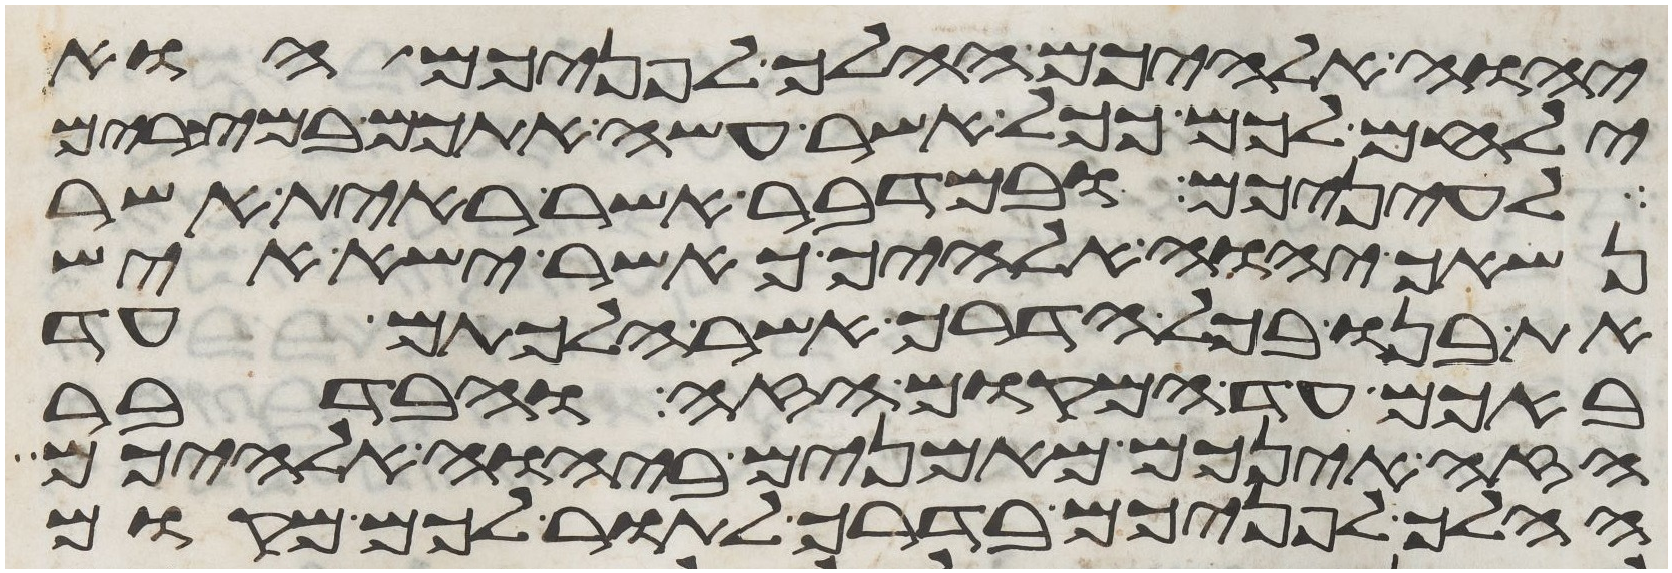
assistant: יהוה אלהיכם ההלך לפניכם הוא
ילחם לכם ככל אשר עשה אתכם במצרים
לעיניכם ובמדבר אשר ראית אשר
נשאך יהוה אלהיך כאשר ישא איש
את בנו בכל הדרך אשר הלכתם עד
באכם עד המקום הזה ובדבר
הזה אינכם מאמנים ביהוה אלהיכם
ההלך לפניכם בדרך לתור לכם מקום